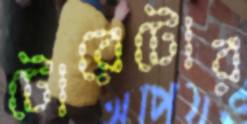
টোরেটোর